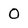
Character: O